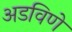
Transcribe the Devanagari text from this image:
अडविणे